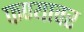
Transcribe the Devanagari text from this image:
फण्यावर